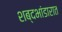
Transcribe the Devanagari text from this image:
शब्दभांडारात